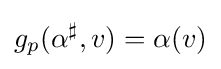
g_{p}(\alpha ^{\sharp },v)=\alpha (v)